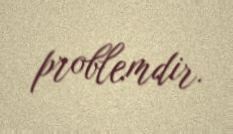
problemdir.